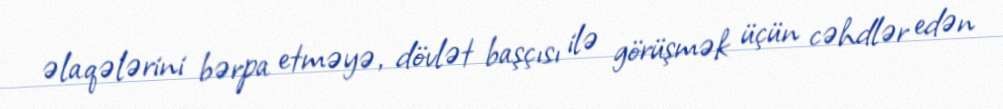
əlaqələrini bərpa etməyə, dövlət başçısı ilə görüşmək üçün cəhdlər edən